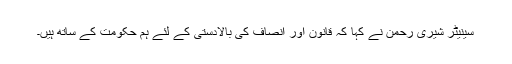
سینیٹر شیری رحمن نے کہا کہ قانون اور انصاف کی بالادستی کے لئے ہم حکومت کے ساتھ ہیں۔